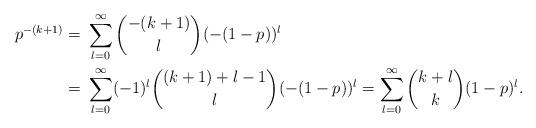
LaTeX: \begin{align*}p^{-(k+1)} = &\ \sum_{l=0}^{\infty} \binom{-(k+1)}{l} (-(1-p))^l\\= &\ \sum_{l=0}^{\infty} (-1)^l \binom{(k+1) + l - 1}{l} (-(1-p))^l =\sum_{l=0}^{\infty} \binom{k+l}{k} (1-p)^l.\end{align*}